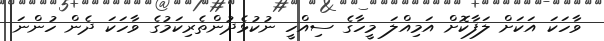
ވާހަކަ އަކަށް ލަފާކޮށް އަމިއްލަ މީހާގެ ސިއްހީ ނުކުޅެދުންތެރިކަމުގެ ވާހަކަ ދެން ހުންނަ